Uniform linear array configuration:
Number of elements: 48
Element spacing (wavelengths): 1
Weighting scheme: hamming
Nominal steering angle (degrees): -45
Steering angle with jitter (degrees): -46.001
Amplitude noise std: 0.05
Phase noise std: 0.05

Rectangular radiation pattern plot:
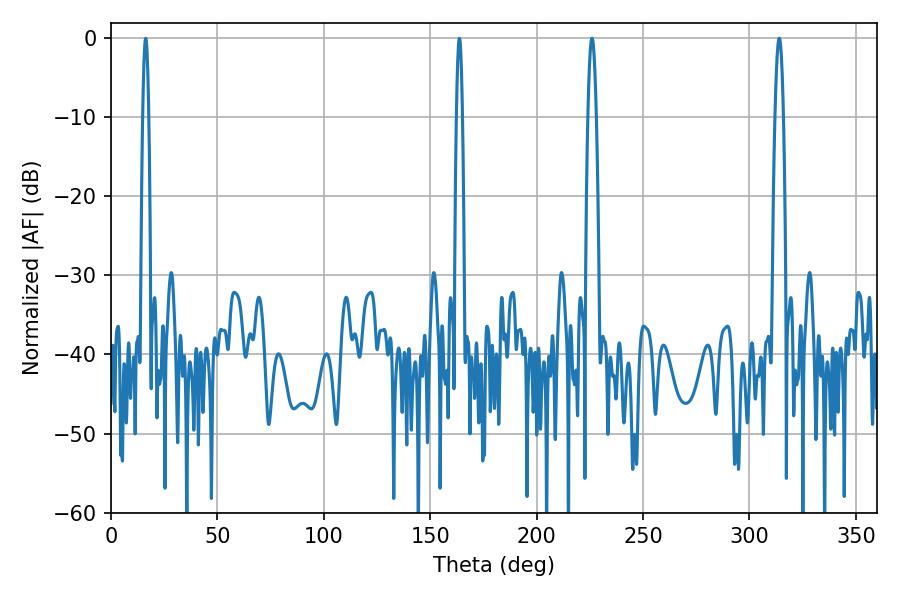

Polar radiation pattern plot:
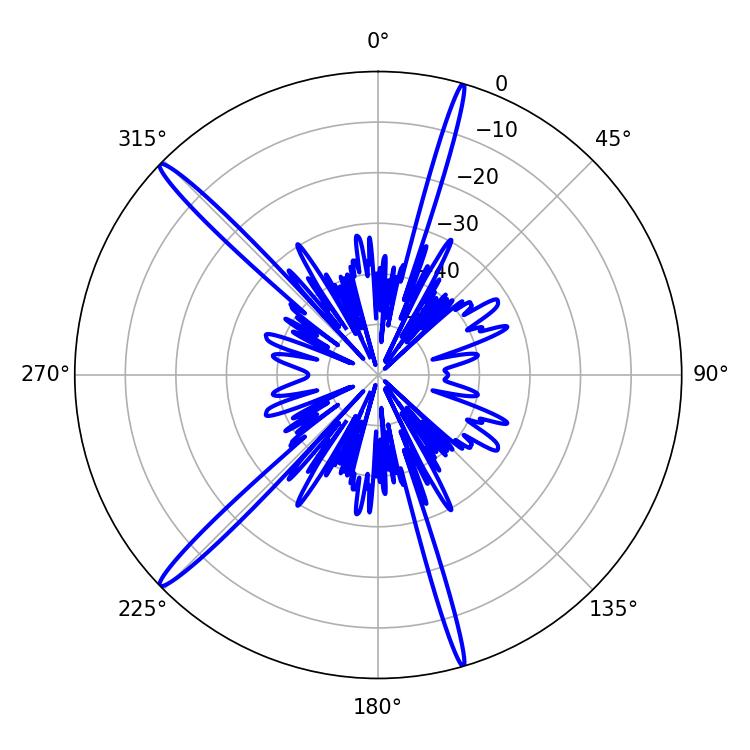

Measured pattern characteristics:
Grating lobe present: TRUE
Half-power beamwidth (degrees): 1.98
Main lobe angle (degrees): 313.92